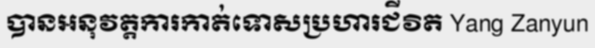
បានអនុវត្តការកាត់ទោសប្រហារជីវិត Yang Zanyun